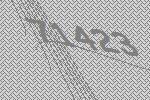
71423